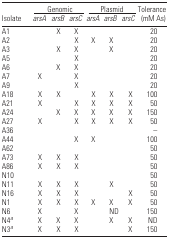
<table><thead><tr><td rowspan="2"><b>Isolate</b></td><td colspan="3"><b>Genomic</b></td><td colspan="3"><b>Plasmid</b></td><td rowspan="2"><b>Tolerance (mM As)</b></td></tr><tr><td><b><i>arsA</i></b></td><td><b><i>arsB</i></b></td><td><b><i>arsC</i></b></td><td><b><i>arsA</i></b></td><td><b><i>arsB</i></b></td><td><b><i>arsC</i></b></td></tr></thead><tbody><tr><td>A1</td><td></td><td>X</td><td>X</td><td></td><td></td><td></td><td>20</td></tr><tr><td>A2</td><td></td><td></td><td>X</td><td>X</td><td>X</td><td></td><td>20</td></tr><tr><td>A3</td><td></td><td>X</td><td>X</td><td></td><td>X</td><td></td><td>20</td></tr><tr><td>A5</td><td></td><td></td><td>X</td><td></td><td></td><td></td><td>20</td></tr><tr><td>A6</td><td></td><td>X</td><td>X</td><td></td><td></td><td></td><td>20</td></tr><tr><td>A7</td><td>X</td><td></td><td>X</td><td></td><td></td><td></td><td>20</td></tr><tr><td>A9</td><td></td><td></td><td>X</td><td></td><td></td><td></td><td>20</td></tr><tr><td>A18</td><td>X</td><td>X</td><td></td><td>X</td><td>X</td><td>X</td><td>100</td></tr><tr><td>A21</td><td>X</td><td></td><td>X</td><td>X</td><td>X</td><td>X</td><td>50</td></tr><tr><td>A24</td><td></td><td>X</td><td>X</td><td>X</td><td>X</td><td>X</td><td>150</td></tr><tr><td>A27</td><td>X</td><td></td><td>X</td><td>X</td><td>X</td><td>X</td><td>50</td></tr><tr><td>A36</td><td></td><td></td><td></td><td></td><td></td><td></td><td>–</td></tr><tr><td>A44</td><td></td><td></td><td>X</td><td>X</td><td></td><td></td><td>100</td></tr><tr><td>A62</td><td></td><td></td><td></td><td></td><td></td><td></td><td>50</td></tr><tr><td>A73</td><td>X</td><td>X</td><td>X</td><td></td><td></td><td></td><td>50</td></tr><tr><td>A86</td><td>X</td><td>X</td><td>X</td><td></td><td></td><td></td><td>50</td></tr><tr><td>N10</td><td></td><td></td><td></td><td></td><td></td><td></td><td>50</td></tr><tr><td>N11</td><td>X</td><td>X</td><td>X</td><td></td><td>X</td><td></td><td>50</td></tr><tr><td>N16</td><td>X</td><td>X</td><td>X</td><td></td><td></td><td>X</td><td>50</td></tr><tr><td>N1</td><td>X</td><td>X</td><td>X</td><td>X</td><td>X</td><td>X</td><td>50</td></tr><tr><td>N6</td><td>X</td><td></td><td>X</td><td></td><td>ND</td><td></td><td>150</td></tr><tr><td>N4<i><sup>a</sup></i></td><td>X</td><td>X</td><td>X</td><td></td><td>X</td><td>X</td><td>ND</td></tr><tr><td>N3<i><sup>a</sup></i></td><td>X</td><td>X</td><td>X</td><td></td><td></td><td>X</td><td>150</td></tr></tbody></table>